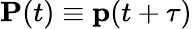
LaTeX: \mathbf{P}(t)\equiv\mathbf{p}(t+\tau)